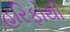
હરિફોથી